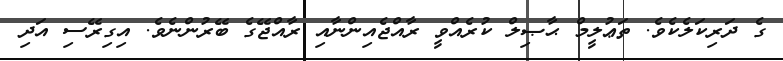
ގެ ދަރިކަލެކެވެ. ތަޢުލީމް ޙާޞިލް ކުރެއްވީ ރާއްޖެއިންނާއި ރާއްޖޭގެ ބޭރުންނެވެ. އިގިރޭސި އަދި